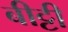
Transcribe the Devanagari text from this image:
बीट्टी